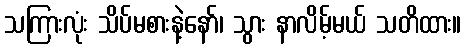
သကြားလုံး သိပ်မစားနဲ့နော်၊ သွား နာလိမ့်မယ် သတိထား။